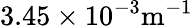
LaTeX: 3.45\times 10^{-3}\textrm{m}^{-1}